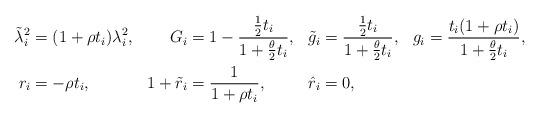
LaTeX: \begin{align*}\tilde{\lambda}_i^2 &= (1+\rho t_i) \lambda_i^2, & G_i &= 1 - \frac{\frac{1}{2}t_i}{1 + \frac{\theta}{2}t_i}, &\tilde{g}_i &= \frac{\frac{1}{2}t_i}{1 + \frac{\theta}{2}t_i}, & g_i &= \frac{t_i (1 + \rho t_i)}{1 + \frac{\theta}{2}t_i}, \\r_i &= -\rho t_i, & 1 + \tilde{r}_i &= \frac{1}{1 + \rho t_i}, & \hat{r}_i &= 0,\end{align*}